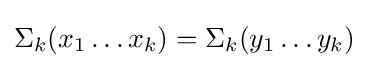
\Sigma _{k}(x_{1}\ldots x_{k})=\Sigma _{k}(y_{1}\ldots y_{k})